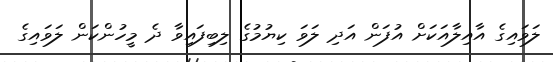
ލަވައިގެ އާއިލާއަކަށް އުފަން އަދި ލަވަ ކިޔުމުގެ ލިބިފައިވާ ދެ މީހުންކަން ލަވައިގެ